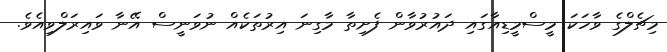
މިޗެލްގެ ވާހަކަ މީސްމީޑިއާގައި ދައުރުވާން ފެށިތާ މާގިނަ އިރުުތަކެއް ނުވަނީސް އޭނާ ވައިރަލްވިއެވެ.